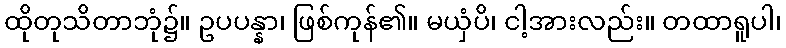
ထိုတုသိတာဘုံ၌။ ဥပပန္နာ၊ ဖြစ်ကုန်၏။ မယှံပိ၊ ငါ့အားလည်း။ တထာရူပါ၊